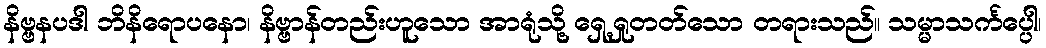
နိဗ္ဗနပဒါ ဘိနိရောပနော၊ နိဗ္ဗာန်တည်းဟူသော အာရုံသို့ ရှေ့ရှုတတ်သော တရားသည်။ သမ္မာသင်္ကပ္ပေါ၊